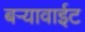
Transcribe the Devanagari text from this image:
बऱ्यावाईट